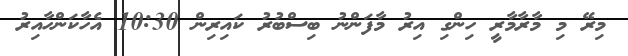
މިރޭ މި މާރާމާރީ ހިންގި އިރު މާފަންނު ބިސްބުރު ކައިރިން 10:30 އެހާކަންހާއިރު